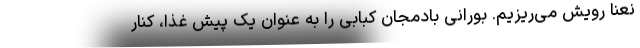
نعنا رویش می‌ریزیم. بورانی بادمجان کبابی را به عنوان یک پیش غذا، کنار